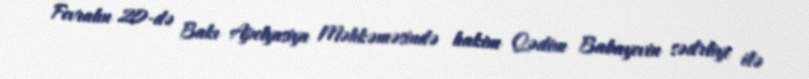
Fevralın 20-də Bakı Apelyasiya Məhkəməsində hakim Qədim Babayevin sədrliyi ilə